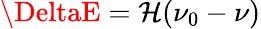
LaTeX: \DeltaE=\mathcal{H}(\nu_{0}-\nu)